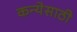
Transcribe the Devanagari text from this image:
कन्येसाठी